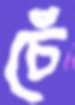
চেঁ